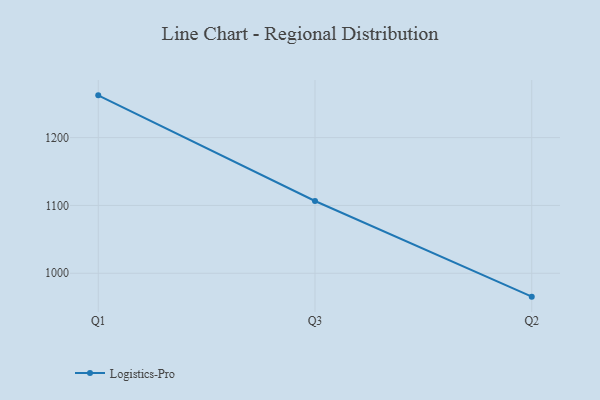
{"axis": {"x": "Quarter", "y": "Churn Rate (%)"}, "legend": ["Logistics-Pro"], "data": [{"x": "Q1", "y": 1262.3, "type": "Logistics-Pro"}, {"x": "Q3", "y": 1106.5, "type": "Logistics-Pro"}, {"x": "Q2", "y": 965.5, "type": "Logistics-Pro"}]}